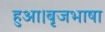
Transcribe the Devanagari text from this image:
हुआ।बृजभाषा